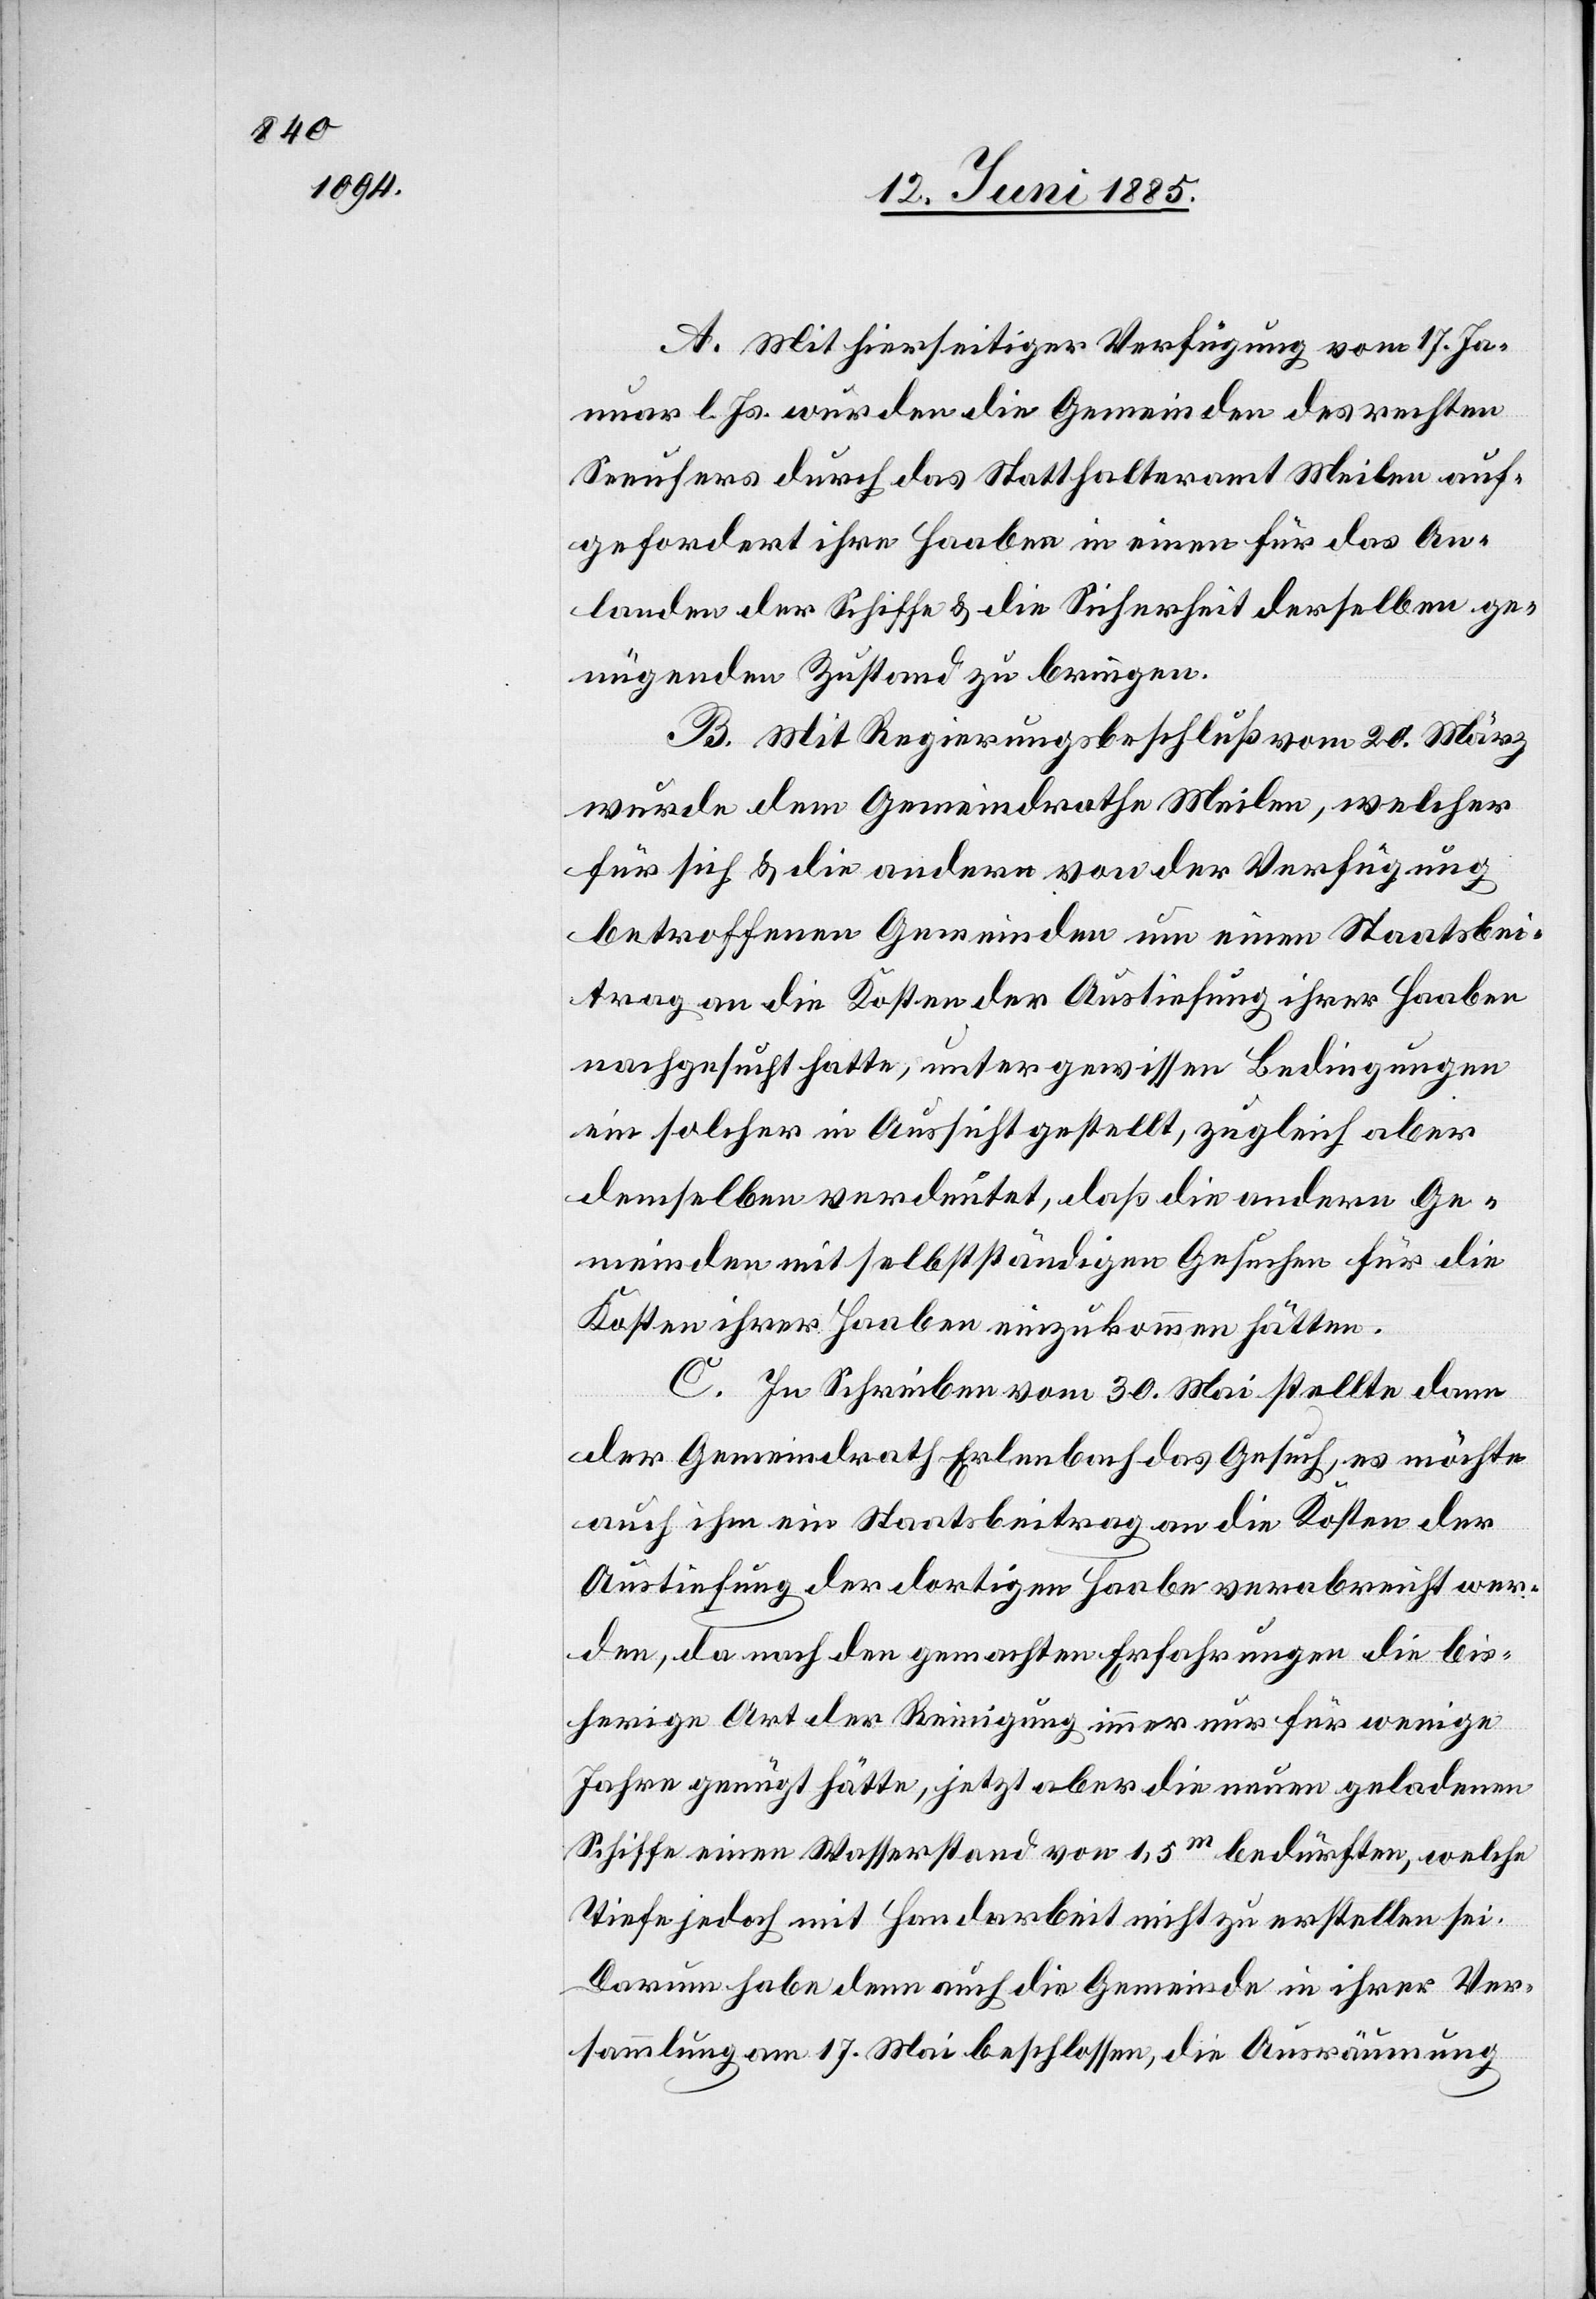
A. Mit hierseitiger Verfügung vom 17. Ja¬
nuar l. Js. wurden die Gemeinden des rechten
Seeufers durch das Statthalteramt Meilen auf¬
gefordert ihre Haabe in einem für das An¬
landen der Schiffe & die Sicherheit derselben ge¬
nügenden Zustand zu bringen.
B. Mit Regierungsbeschluß vom 20. März
wurde dem Gemeindrathe Meilen, welcher
für sich & die andern von der Verfügung
betroffenen Gemeinden um einen Staatsbei¬
trag an die Kosten der Austiefung ihrer Haabe
nachgesucht hatte, unter gewissen Bedingungen
ein solcher in Aussicht gestellt, zugleich aber
demselben verdeutet, daß die andern Ge¬
meinden mit selbstständigen Gesuchen für die
Kosten ihrer Haabe einzukommen hätten.
C. In Schreiben vom 30. Mai stellte dann
der Gemeindrath Erlenbach das Gesuch, es möchte
auch ihm ein Staatsbeitrag an die Kosten der
Austiefung der dortigen Haabe verabreicht wer¬
den, da nach den gemachten Erfahrungen die bis¬
herige Art der Reinigung immer nur für wenige
Jahre genügt hätte, jetzt aber die neuen geladenen
Schiffe einen Wasserstand von 1,5 m bedürften, welche
Tiefe jedoch mit Handarbeit nicht zu erstellen sei.
Darum habe denn auch die Gemeinde in ihrer Ver¬
sammlung am 17. Mai beschlossen, die Ausräumung